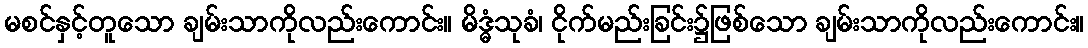
မစင်နှင့်တူသော ချမ်းသာကိုလည်းကောင်း။ မိဒ္ဓံသုခံ၊ ငိုက်မည်းခြင်း၌ဖြစ်သော ချမ်းသာကိုလည်းကောင်း။